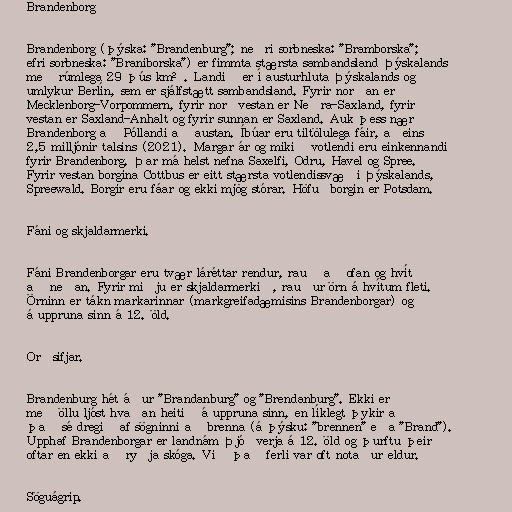
Brandenborg

Brandenborg (þýska: "Brandenburg"; neðri sorbneska: "Bramborska";
efri sorbneska: "Braniborska") er fimmta stærsta sambandsland Þýskalands
með rúmlega 29 þús km². Landið er í austurhluta Þýskalands og
umlykur Berlín, sem er sjálfstætt sambandsland. Fyrir norðan er
Mecklenborg-Vorpommern, fyrir norðvestan er Neðra-Saxland, fyrir
vestan er Saxland-Anhalt og fyrir sunnan er Saxland. Auk þess nær
Brandenborg að Póllandi að austan. Íbúar eru tiltölulega fáir, aðeins
2,5 milljónir talsins (2021). Margar ár og mikið votlendi eru einkennandi
fyrir Brandenborg. Þar má helst nefna Saxelfi, Odru, Havel og Spree.
Fyrir vestan borgina Cottbus er eitt stærsta votlendissvæði Þýskalands,
Spreewald. Borgir eru fáar og ekki mjög stórar. Höfuðborgin er Potsdam.

Fáni og skjaldarmerki.

Fáni Brandenborgar eru tvær láréttar rendur, rauð að ofan og hvít
að neðan. Fyrir miðju er skjaldarmerkið, rauður örn á hvítum fleti.
Örninn er tákn markarinnar (markgreifadæmisins Brandenborgar) og
á uppruna sinn á 12. öld.

Orðsifjar.

Brandenburg hét áður "Brandanburg" og "Brendanburg". Ekki er
með öllu ljóst hvaðan heitið á uppruna sinn, en líklegt þykir að
það sé dregið af sögninni að brenna (á þýsku: "brennen" eða "Brand").
Upphaf Brandenborgar er landnám Þjóðverja á 12. öld og þurftu þeir
oftar en ekki að ryðja skóga. Við það ferli var oft notaður eldur.

Söguágrip.